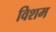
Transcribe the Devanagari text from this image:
विशम